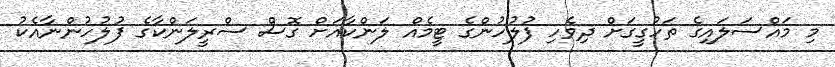
މި މައްސަލައިގެ ތަހުގީގަށް ދިވެހި ފުލުހުންގެ ޓީމެއް ލަންކާއަށް ގޮސް ސްރީލަންކާގެ ފުލުހުންނާއެކު